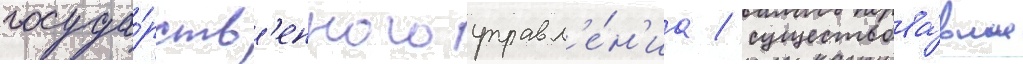
госуда́рств'енного управл'е́н'иа / существова́вшие